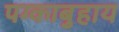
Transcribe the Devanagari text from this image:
पग्काबुहाय